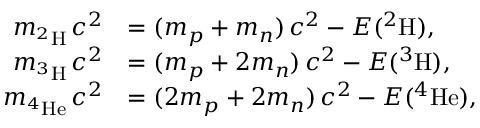
\begin{array} { r l } { m _ { ^ 2 \mathrm { H } } \, c ^ { 2 } } & { = ( m _ { p } + m _ { n } ) \, c ^ { 2 } - E ( ^ { 2 } \mathrm { H } ) , } \\ { m _ { ^ 3 \mathrm { H } } \, c ^ { 2 } } & { = ( m _ { p } + 2 m _ { n } ) \, c ^ { 2 } - E ( ^ { 3 } \mathrm { H } ) , } \\ { m _ { ^ 4 \mathrm { H e } } \, c ^ { 2 } } & { = ( 2 m _ { p } + 2 m _ { n } ) \, c ^ { 2 } - E ( ^ { 4 } \mathrm { H e } ) , } \end{array}